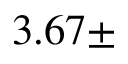
3 . 6 7 \pm